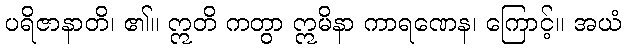
ပရိဇာနာတိ၊ ၏။ ဣတိ ကတွာ ဣမိနာ ကာရဏေန၊ ကြောင့်။ အယံ